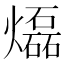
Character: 𤑭